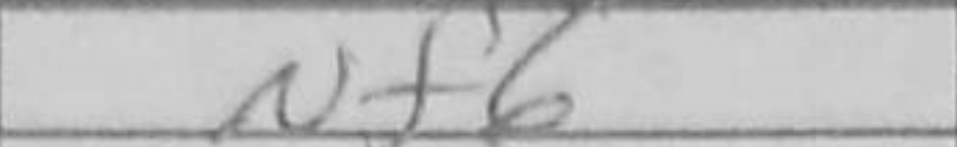
Transcription: Nf6